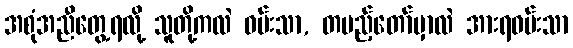
အစုံအညီတွေ့ရလို့ သူတို့ကလဲ ဝမ်းသာ, တပည့်တော်မှာလဲ အားရဝမ်းသာ